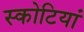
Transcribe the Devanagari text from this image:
स्कोटियां